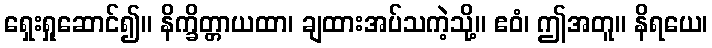
ရှေးရှုဆောင်၍။ နိက္ခိတ္တာယထာ၊ ချထားအပ်သကဲ့သို့။ ဧဝံ၊ ဤအတူ။ နိရယေ၊